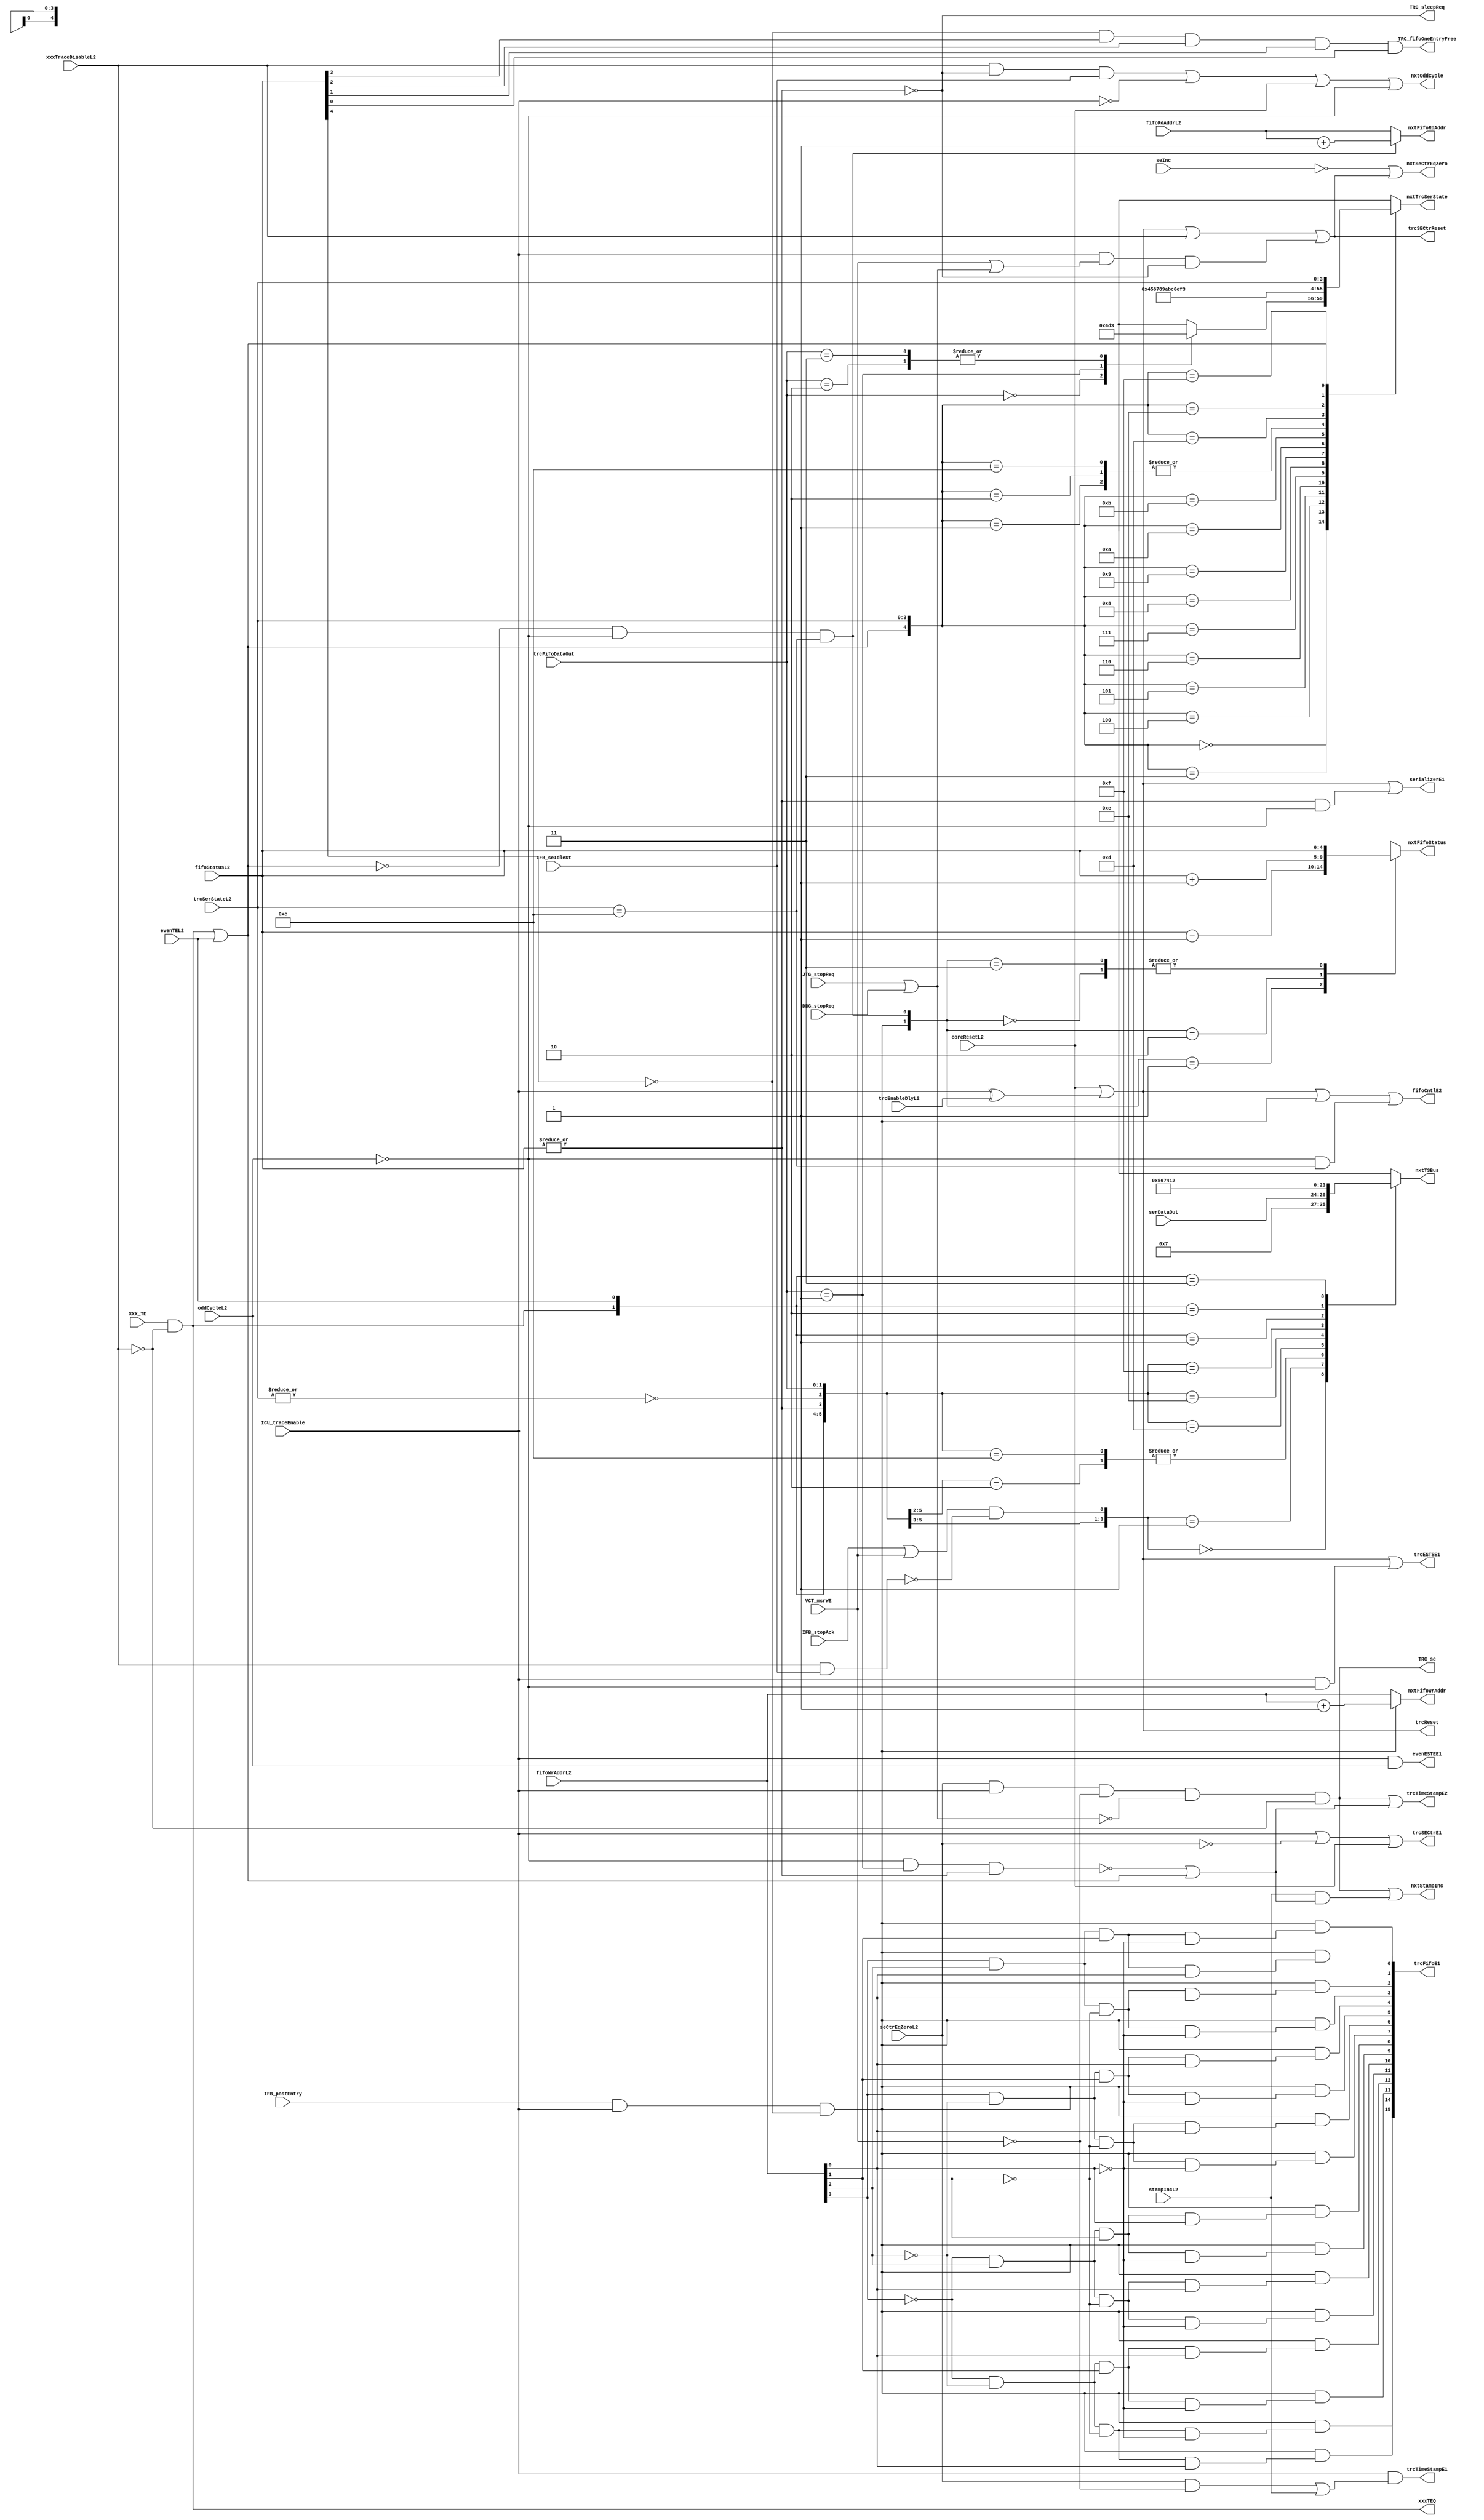
// 
// ************************************************************************** 
// 
//  Copyright (c) International Business Machines Corporation, 2005. 
// 
//  This file contains trade secrets and other proprietary and confidential 
//  information of International Business Machines Corporation which are 
//  protected by copyright and other intellectual property rights and shall 
//  not be reproduced, transferred to other documents, disclosed to others, 
//  or used for any purpose except as specifically authorized in writing by 
//  International Business Machines Corporation. This notice must be 
//  contained as part of this text at all times. 
// 
// ************************************************************************** 
//
// Verilog HDL for "PR_trc, "trcCntlEqs" "_functional"

/////////////////////////////////////////
// Please gnerate symbol automatically //
/////////////////////////////////////////

/////////////
// UPDATES //
/////////////
//
// 10/26/98 LMD Modified from 401 logic
//
module p405s_trcCntlEqs (TRC_se, TRC_sleepReq, TRC_fifoOneEntryFree,
                   trcSECtrReset, trcReset,
                   nxtFifoWrAddr, nxtFifoRdAddr, nxtFifoStatus,
                   nxtTrcSerState, nxtTSBus,
                   nxtOddCycle, nxtStampInc, nxtSeCtrEqZero,
                   trcESTSE1, trcTimeStampE1, trcSECtrE1, fifoCntlE2,
                   serializerE1, trcTimeStampE2, evenESTEE1,
                   trcFifoE1, xxxTEQ,

                   ICU_traceEnable,
                   IFB_postEntry, IFB_stopAck, IFB_seIdleSt,
                   VCT_msrWE,
                   JTG_stopReq, DBG_stopReq,
                   XXX_TE,
                   serDataOut, seInc, trcFifoDataOut,
                   fifoStatusL2, fifoWrAddrL2, fifoRdAddrL2, trcSerStateL2,
                   coreResetL2, evenTEL2, stampIncL2, trcEnableDlyL2,
                   oddCycleL2, seCtrEqZeroL2, xxxTraceDisableL2
                   );

output          TRC_se, TRC_sleepReq, TRC_fifoOneEntryFree;
output          trcSECtrReset, trcReset;
output  [0:3]   nxtFifoWrAddr, nxtFifoRdAddr;
output  [0:4]   nxtFifoStatus;
output  [0:3]   nxtTrcSerState, nxtTSBus;
output          nxtOddCycle, nxtStampInc, nxtSeCtrEqZero;
output          trcESTSE1, trcTimeStampE1, trcSECtrE1, fifoCntlE2;
output          serializerE1, trcTimeStampE2, evenESTEE1;
output  [0:15]  trcFifoE1;
output          xxxTEQ;

input           ICU_traceEnable;
input           IFB_postEntry, IFB_stopAck, IFB_seIdleSt;
input           VCT_msrWE;
input           JTG_stopReq, DBG_stopReq;
input           XXX_TE;
input   [0:2]   serDataOut;
input   [0:10]  seInc;
input   [30:31] trcFifoDataOut;
input   [0:3]   fifoWrAddrL2, fifoRdAddrL2, trcSerStateL2;
input   [0:4]   fifoStatusL2;
input           coreResetL2, evenTEL2, stampIncL2, trcEnableDlyL2;
input           oddCycleL2, seCtrEqZeroL2, xxxTraceDisableL2;

reg     [0:3]   nxtTrcSerState, nxtTSBus;
reg     [0:4]   nxtFifoStatus;

wire            fifoEmpty, iarEntry, tsA1State, trcSerCmplt, trcSerCmpltSt;
wire            postEntry, traceEvent, anyStopReq, stopWaitQ, xxxStopTrace;

wire trcSECtrReset_i;
wire trcReset_i;
wire xxxTEQ_i;
wire TRC_se_i;

assign trcSECtrReset = trcSECtrReset_i;
assign trcReset = trcReset_i;
assign xxxTEQ = xxxTEQ_i;
assign TRC_se = TRC_se_i;

assign trcReset_i = coreResetL2 | (ICU_traceEnable ^ trcEnableDlyL2);
assign postEntry = IFB_postEntry & ICU_traceEnable & ~fifoStatusL2[0];
assign xxxTEQ_i = XXX_TE & ~xxxTraceDisableL2;
assign traceEvent = xxxTEQ_i | evenTEL2;

//*************************************************************************
// FIFO Control Register
//      [0:3]  fifo status. How much of the fifo is full.
//      [4:7]  write address
//      [8:11] read address
//*************************************************************************
// FIFO status controls
// Using an up down counter to determine the number of fifo locations in use.
// trcSerCmplt contains ~traceEvent.
// trcSerCmplt contains ~oddCycleL2.
// reset covered by 2:1 mux at register.
always @(postEntry or trcSerCmplt or fifoStatusL2)
    case ({postEntry,trcSerCmplt})
        2'b00: nxtFifoStatus = fifoStatusL2;
        2'b01: nxtFifoStatus = fifoStatusL2 - 1;
        2'b10: nxtFifoStatus = fifoStatusL2 + 1;
        2'b11: nxtFifoStatus = fifoStatusL2;
        default: nxtFifoStatus = 5'bxxxxx;
    endcase

// FIFO write address controls.
assign nxtFifoWrAddr = postEntry ? fifoWrAddrL2 + 1 : fifoWrAddrL2 ;

// FIFO read address controls.
// trcSerCmplt contains ~traceEvent and ~oddCycleL2.
assign nxtFifoRdAddr =  trcSerCmplt ? fifoRdAddrL2 + 1 : fifoRdAddrL2;

// FIFO control E1.
// trcSerCmpltSt is trcSerCmpt without ~traceEvent (late signal)
assign fifoCntlE2 = trcReset_i | postEntry | trcSerCmpltSt;

// FIFO control equations.
assign fifoEmpty = ~|fifoStatusL2;
assign TRC_fifoOneEntryFree = ~fifoStatusL2[0] & fifoStatusL2[1] &
        fifoStatusL2[2] & fifoStatusL2[3] & fifoStatusL2[4]; //15 entries full

// allow synthesis to buffer isolate unit output.
assign TRC_sleepReq = fifoEmpty;

//*************************************************************************
// Trace FIFO register clock gating:
//*************************************************************************
//*Timing on postEntry?? Use E2 if necessary.
assign trcFifoE1[0] = postEntry &
    (~fifoWrAddrL2[0] & ~fifoWrAddrL2[1] & ~fifoWrAddrL2[2] & ~fifoWrAddrL2[3]);
assign trcFifoE1[1] = postEntry &
    (~fifoWrAddrL2[0] & ~fifoWrAddrL2[1] & ~fifoWrAddrL2[2] &  fifoWrAddrL2[3]);
assign trcFifoE1[2] = postEntry &
    (~fifoWrAddrL2[0] & ~fifoWrAddrL2[1] &  fifoWrAddrL2[2] & ~fifoWrAddrL2[3]);
assign trcFifoE1[3] = postEntry &
    (~fifoWrAddrL2[0] & ~fifoWrAddrL2[1] &  fifoWrAddrL2[2] &  fifoWrAddrL2[3]);
assign trcFifoE1[4] = postEntry &
    (~fifoWrAddrL2[0] &  fifoWrAddrL2[1] & ~fifoWrAddrL2[2] & ~fifoWrAddrL2[3]);
assign trcFifoE1[5] = postEntry &
    (~fifoWrAddrL2[0] &  fifoWrAddrL2[1] & ~fifoWrAddrL2[2] &  fifoWrAddrL2[3]);
assign trcFifoE1[6] = postEntry &
    (~fifoWrAddrL2[0] &  fifoWrAddrL2[1] &  fifoWrAddrL2[2] & ~fifoWrAddrL2[3]);
assign trcFifoE1[7] = postEntry &
    (~fifoWrAddrL2[0] &  fifoWrAddrL2[1] &  fifoWrAddrL2[2] &  fifoWrAddrL2[3]);
assign trcFifoE1[8] = postEntry &
    ( fifoWrAddrL2[0] & ~fifoWrAddrL2[1] & ~fifoWrAddrL2[2] & ~fifoWrAddrL2[3]);
assign trcFifoE1[9] = postEntry &
    ( fifoWrAddrL2[0] & ~fifoWrAddrL2[1] & ~fifoWrAddrL2[2] &  fifoWrAddrL2[3]);
assign trcFifoE1[10] = postEntry &
    ( fifoWrAddrL2[0] & ~fifoWrAddrL2[1] &  fifoWrAddrL2[2] & ~fifoWrAddrL2[3]);
assign trcFifoE1[11] = postEntry &
    ( fifoWrAddrL2[0] & ~fifoWrAddrL2[1] &  fifoWrAddrL2[2] &  fifoWrAddrL2[3]);
assign trcFifoE1[12] = postEntry &
    ( fifoWrAddrL2[0] &  fifoWrAddrL2[1] & ~fifoWrAddrL2[2] & ~fifoWrAddrL2[3]);
assign trcFifoE1[13] = postEntry &
    ( fifoWrAddrL2[0] &  fifoWrAddrL2[1] & ~fifoWrAddrL2[2] &  fifoWrAddrL2[3]);
assign trcFifoE1[14] = postEntry &
    ( fifoWrAddrL2[0] &  fifoWrAddrL2[1] &  fifoWrAddrL2[2] & ~fifoWrAddrL2[3]);
assign trcFifoE1[15] = postEntry &
    ( fifoWrAddrL2[0] &  fifoWrAddrL2[1] &  fifoWrAddrL2[2] &  fifoWrAddrL2[3]);

//*************************************************************************
// Serializer State Machine
//*************************************************************************
// trcFifoDataOut[30:31] is the fifo line trace type. Tells what kind of data
//   is at the current read line of the fifo.
// State updates only on odd cycle unless resetting.
// Reset is handled by input on 2 port register
// FIFO empty in E1 equation and will hold in state 0000.
always @ (traceEvent or trcSerStateL2 or trcFifoDataOut)
begin
casez ({traceEvent,trcSerStateL2})
    5'b00000: begin                          // TS/Addr1(normal only)
               case(trcFifoDataOut[30:31])
                   2'b00: nxtTrcSerState = 4'b0100;     // normal post
                   2'b01: nxtTrcSerState = 4'b1101;     // SE Iar
                   2'b10: nxtTrcSerState = 4'b0011;     // SE Lr
                   2'b11: nxtTrcSerState = 4'b0011;     // SE Ctr
                   default: nxtTrcSerState = 4'bxxxx;
               endcase
              end
    5'b00001: nxtTrcSerState = 4'b0000;      // not used
    5'b00010: nxtTrcSerState = 4'b0000;      // not used
    5'b00011: nxtTrcSerState = 4'b0100;      // Addr1 (for SE only)
    5'b00100: nxtTrcSerState = 4'b0101;      // Addr2
    5'b00101: nxtTrcSerState = 4'b0110;      // Addr3
    5'b00110: nxtTrcSerState = 4'b0111;      // Addr4
    5'b00111: nxtTrcSerState = 4'b1000;      // Addr5
    5'b01000: nxtTrcSerState = 4'b1001;      // Addr6
    5'b01001: nxtTrcSerState = 4'b1010;      // Addr7
    5'b01010: nxtTrcSerState = 4'b1011;      // Addr8
    5'b01011: nxtTrcSerState = 4'b1100;      // Addr9
    5'b01100: nxtTrcSerState = 4'b0000;      // Addr10
    5'b01101: nxtTrcSerState = 4'b1110;      // Time1
    5'b01110: nxtTrcSerState = 4'b1111;      // Time2
    5'b01111: nxtTrcSerState = 4'b0011;      // Time3
    5'b1????: nxtTrcSerState = trcSerStateL2;
    default: nxtTrcSerState = 4'bxxxx;         // x-catcher
endcase
end

// updates only on odd cycle unless resetting.
// fifoEmpty can only happen in trcSerStateL2 == 4'b0000
// Serializer will hold if fifo empty or there is a trigger event.
// Serializer is reset by 2:1 mux at register input.
//*moved ~traceEvent into feedback to remove from E1. Is E2 better (4 bit reg)?
assign serializerE1 = trcReset_i | (~fifoEmpty & ~oddCycleL2);

// Completing sending fifo line. including SE code and time stamp.
// Only complete on an odd cycle and not blocked by a traceEvent.
assign trcSerCmplt = ~traceEvent & ~oddCycleL2 & (trcSerStateL2 == 4'b1100);
// Signal used in an E1 equation without late signal trace event
assign trcSerCmpltSt = ~oddCycleL2 & (trcSerStateL2 == 4'b1100);

// Current fifo read entry is an iar posting.
// If fifo not empty the current line must be full.
// Used only by timestamp.
assign iarEntry = ~oddCycleL2 & (trcFifoDataOut[30:31] == 2'b01) & ~fifoEmpty;

// In TS/A1 state.
assign tsA1State = ~|trcSerStateL2[0:3];

//*************************************************************************
// Creation of Trace Status (TS)
//*************************************************************************
// Qualify wait and stop with XXX_traceEnable.
assign stopWaitQ = (IFB_stopAck | VCT_msrWE) &
                   ~(xxxTraceDisableL2 & IFB_seIdleSt);
// Trace Event/Trace Address/Trace Broadcast.
// Feeds trace status register, which updates
//    only on odd cycles, unless resetting.
// Reset handled by 2:1 mux at register input.
always @ (xxxTEQ_i or evenTEL2 or fifoEmpty or tsA1State or
          trcFifoDataOut or stopWaitQ or serDataOut)
begin
casez ({xxxTEQ_i, evenTEL2, ~fifoEmpty, tsA1State, trcFifoDataOut[30:31],
        stopWaitQ})
    7'b00_0_?_??_0: nxtTSBus = 4'b0000;           // nothing happening
    7'b00_0_?_??_1: nxtTSBus = 4'b0011;           // wait or stop state
    7'b00_1_0_??_?: nxtTSBus = {1'b1,serDataOut}; // address broadcast
    7'b00_1_1_00_?: nxtTSBus = {1'b1,serDataOut}; // normal A1 broadcast
    7'b00_1_1_01_?: nxtTSBus = 4'b0101;           // seIar code
    7'b00_1_1_10_?: nxtTSBus = 4'b0110;           // seLr code
    7'b00_1_1_11_?: nxtTSBus = 4'b0111;           // seCtr code
    7'b01_?_?_??_?: nxtTSBus = 4'b0100;           // even trigger event
    7'b10_?_?_??_?: nxtTSBus = 4'b0001;           // odd trigger event
    7'b11_?_?_??_?: nxtTSBus = 4'b0010;           // even/odd trigger event
    default: nxtTSBus = 4'bxxxx;                    // x-catcher
  endcase
end

// Clock gating for execution status (ES), trace status (TS) register
// Updates only on odd cycles unless resetting.
assign trcESTSE1 = trcReset_i | (ICU_traceEnable & ~oddCycleL2);

//*****************************************************************************
// Timestamp control
//*****************************************************************************
// stampInc is in a free running register.
// There is not any protection to prevent unknown roll over of time stamp.
//   It takes 10 reads X 15 fifo lines X 2 cycles or a maximum of 300 cycles
//   to drain the fifo and broadcast (worst case) the seIar code. Time stamp
//   has counts 512 cycles. It would take 212 TEs preempting fifo postings to
//   blow the count.
// Can't have two IAR entries in the FIFO at the same time or posting.
// NOTE: after the first cycle of IAR the stampInc WILL be "0" so any
//       additional TE's will NOT be counted once the IAR begins to broadcast.
// NOTE: added "| traceEvent" to allow the stamp to increment whenever a TE
//       preempts the first cycle of an SE IAR.  Once the first broadcast
//       for the SE IAR occurs stampInc will go to "0" and prevent incrementing
//       for future TE's that occur during the same SE.
// Time stamp increments from the time the iar is saved due to a TRC_se
//      until the IAR code is sent out or the fifo (iarEntry).
//      TEs can preempt the sending of any data from the fifo.
// Use TRC_se to select reset of timeStamp and to start timestamp
//     incrementing.
// iarEntry contains ~oddCycleL2.
assign nxtStampInc = TRC_se_i |
                     (stampIncL2 & (~iarEntry | traceEvent));
// Using seCtrEqZeroL2 & ~VCT_msrWE in E1 instead of the full equation
//   for TRC_se for timing.
assign trcTimeStampE1 = ICU_traceEnable &
                        ((seCtrEqZeroL2 & ~VCT_msrWE) | stampIncL2);
assign trcTimeStampE2 = TRC_se_i | (~iarEntry | traceEvent);

//*************************************************************************
// Synchronizing Event Generation and Controls
//*************************************************************************
// It was determined to be impossible for a second SE to be posted before
//    the first was out of the fifo. Interlock controls were eliminated,
//    It takes 10 reads X 15 fifo lines X 2 cycles or a maximum of 300 cycles
//    to drain the fifo and broadcast (worst case) the seIar code. There are
//    2K cycles between SE counter events. Allows 1748 TEs to
//    preempt SE postings and broadcasts before blowing the counter.
//
// seCtrEqZero is in a free running register
assign nxtSeCtrEqZero = (seInc == 11'b00000000000) | trcSECtrReset_i;

// No SE when trace disabled
// No SE when in wait state
// No SE when in hard stop
// Build IFB_anyStopReq locally with JTG_stopReq | DBG_stopReq
assign anyStopReq = JTG_stopReq | DBG_stopReq;
assign TRC_se_i = seCtrEqZeroL2 & ICU_traceEnable & ~VCT_msrWE &
                ~anyStopReq & ~xxxTraceDisableL2;

// Reset for SE Counter
// When in wait or stop state and fifo has emptied.
// If fifo is not empty then we haven't been in wait or stop for very long.
// If fifo is empty we are not sure how long we have been in wait or stop but
//    we have room for SE in the fifo so do it.
// Se will occur when leaving wait or stop.
// Also used to steer mux into reg.
assign trcSECtrReset_i = trcReset_i | xxxTraceDisableL2 |
            ICU_traceEnable & (VCT_msrWE | anyStopReq) & fifoEmpty;

// E1 for SE Counter
// Counts cycle to next SE
// ICU_traceEnable allows count to run.
// ~seCtrEqZeroL2 allows counter to continue, and to reset when trace is
//   disabled.
// Reset wants to cause SEs, load counter with 0.
// Reset only when seCtr not equal to zero (~seCtrEqZeroL2) for power savings
// coreResetL2 included to prevent stuck at X in simulation
assign trcSECtrE1 = ICU_traceEnable | ~seCtrEqZeroL2 | coreResetL2;

//*************************************************************************
// Odd cycle indicator
//*************************************************************************
// Odd cycle is defined by the cycle that trace comes out of reset or
//    being disabled.
// ES and debug TE are sent through the pipeline and correspond the instruction
//    in the wb stage. wb status is staged through a latch to create the
//    traceES. which is updated when the instruction leaves wb,
//    1 cycle delay from in instruction in wb to bein sent out on traceES)
//    So and instruction that completes during an even cycle (is in wb and
//    will complete in the even cycle) updates the even cycle ES/TE staging
//    register in the odd cycle (2 cycles delay for instructions completing
//    in even cycles). Then feeds the ES/TS output staging register which
//    updates during an even cycle (3 cycles delay for instruction completing
//    in even cycles, 2 cycle of delay for instructions completing in odd
//    cycles). The new ES/TS data launched on the rising edge of the odd
//    cycle signal or during the odd cycle.
// TraceCycle turns off when XXX_traceDisable and the fifo is empty.
assign xxxStopTrace = xxxTraceDisableL2 & fifoEmpty & IFB_seIdleSt;
assign nxtOddCycle = xxxStopTrace | ~ICU_traceEnable | coreResetL2 |
                     ~oddCycleL2;

//***************************************************************************
// even ES TE E1
//***************************************************************************
// uses oddCycleL2. See above.
assign evenESTEE1 = ICU_traceEnable & oddCycleL2;

endmodule